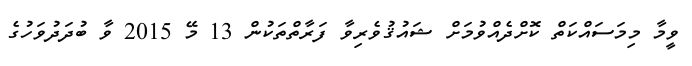
ވީމާ މިމަސައްކަތް ކޮށްދެއްވުމަށް ޝައުޤުވެރިވާ ފަރާތްތަކުން 13 މޭ 2015 ވާ ބުދަދުވަހުގެ